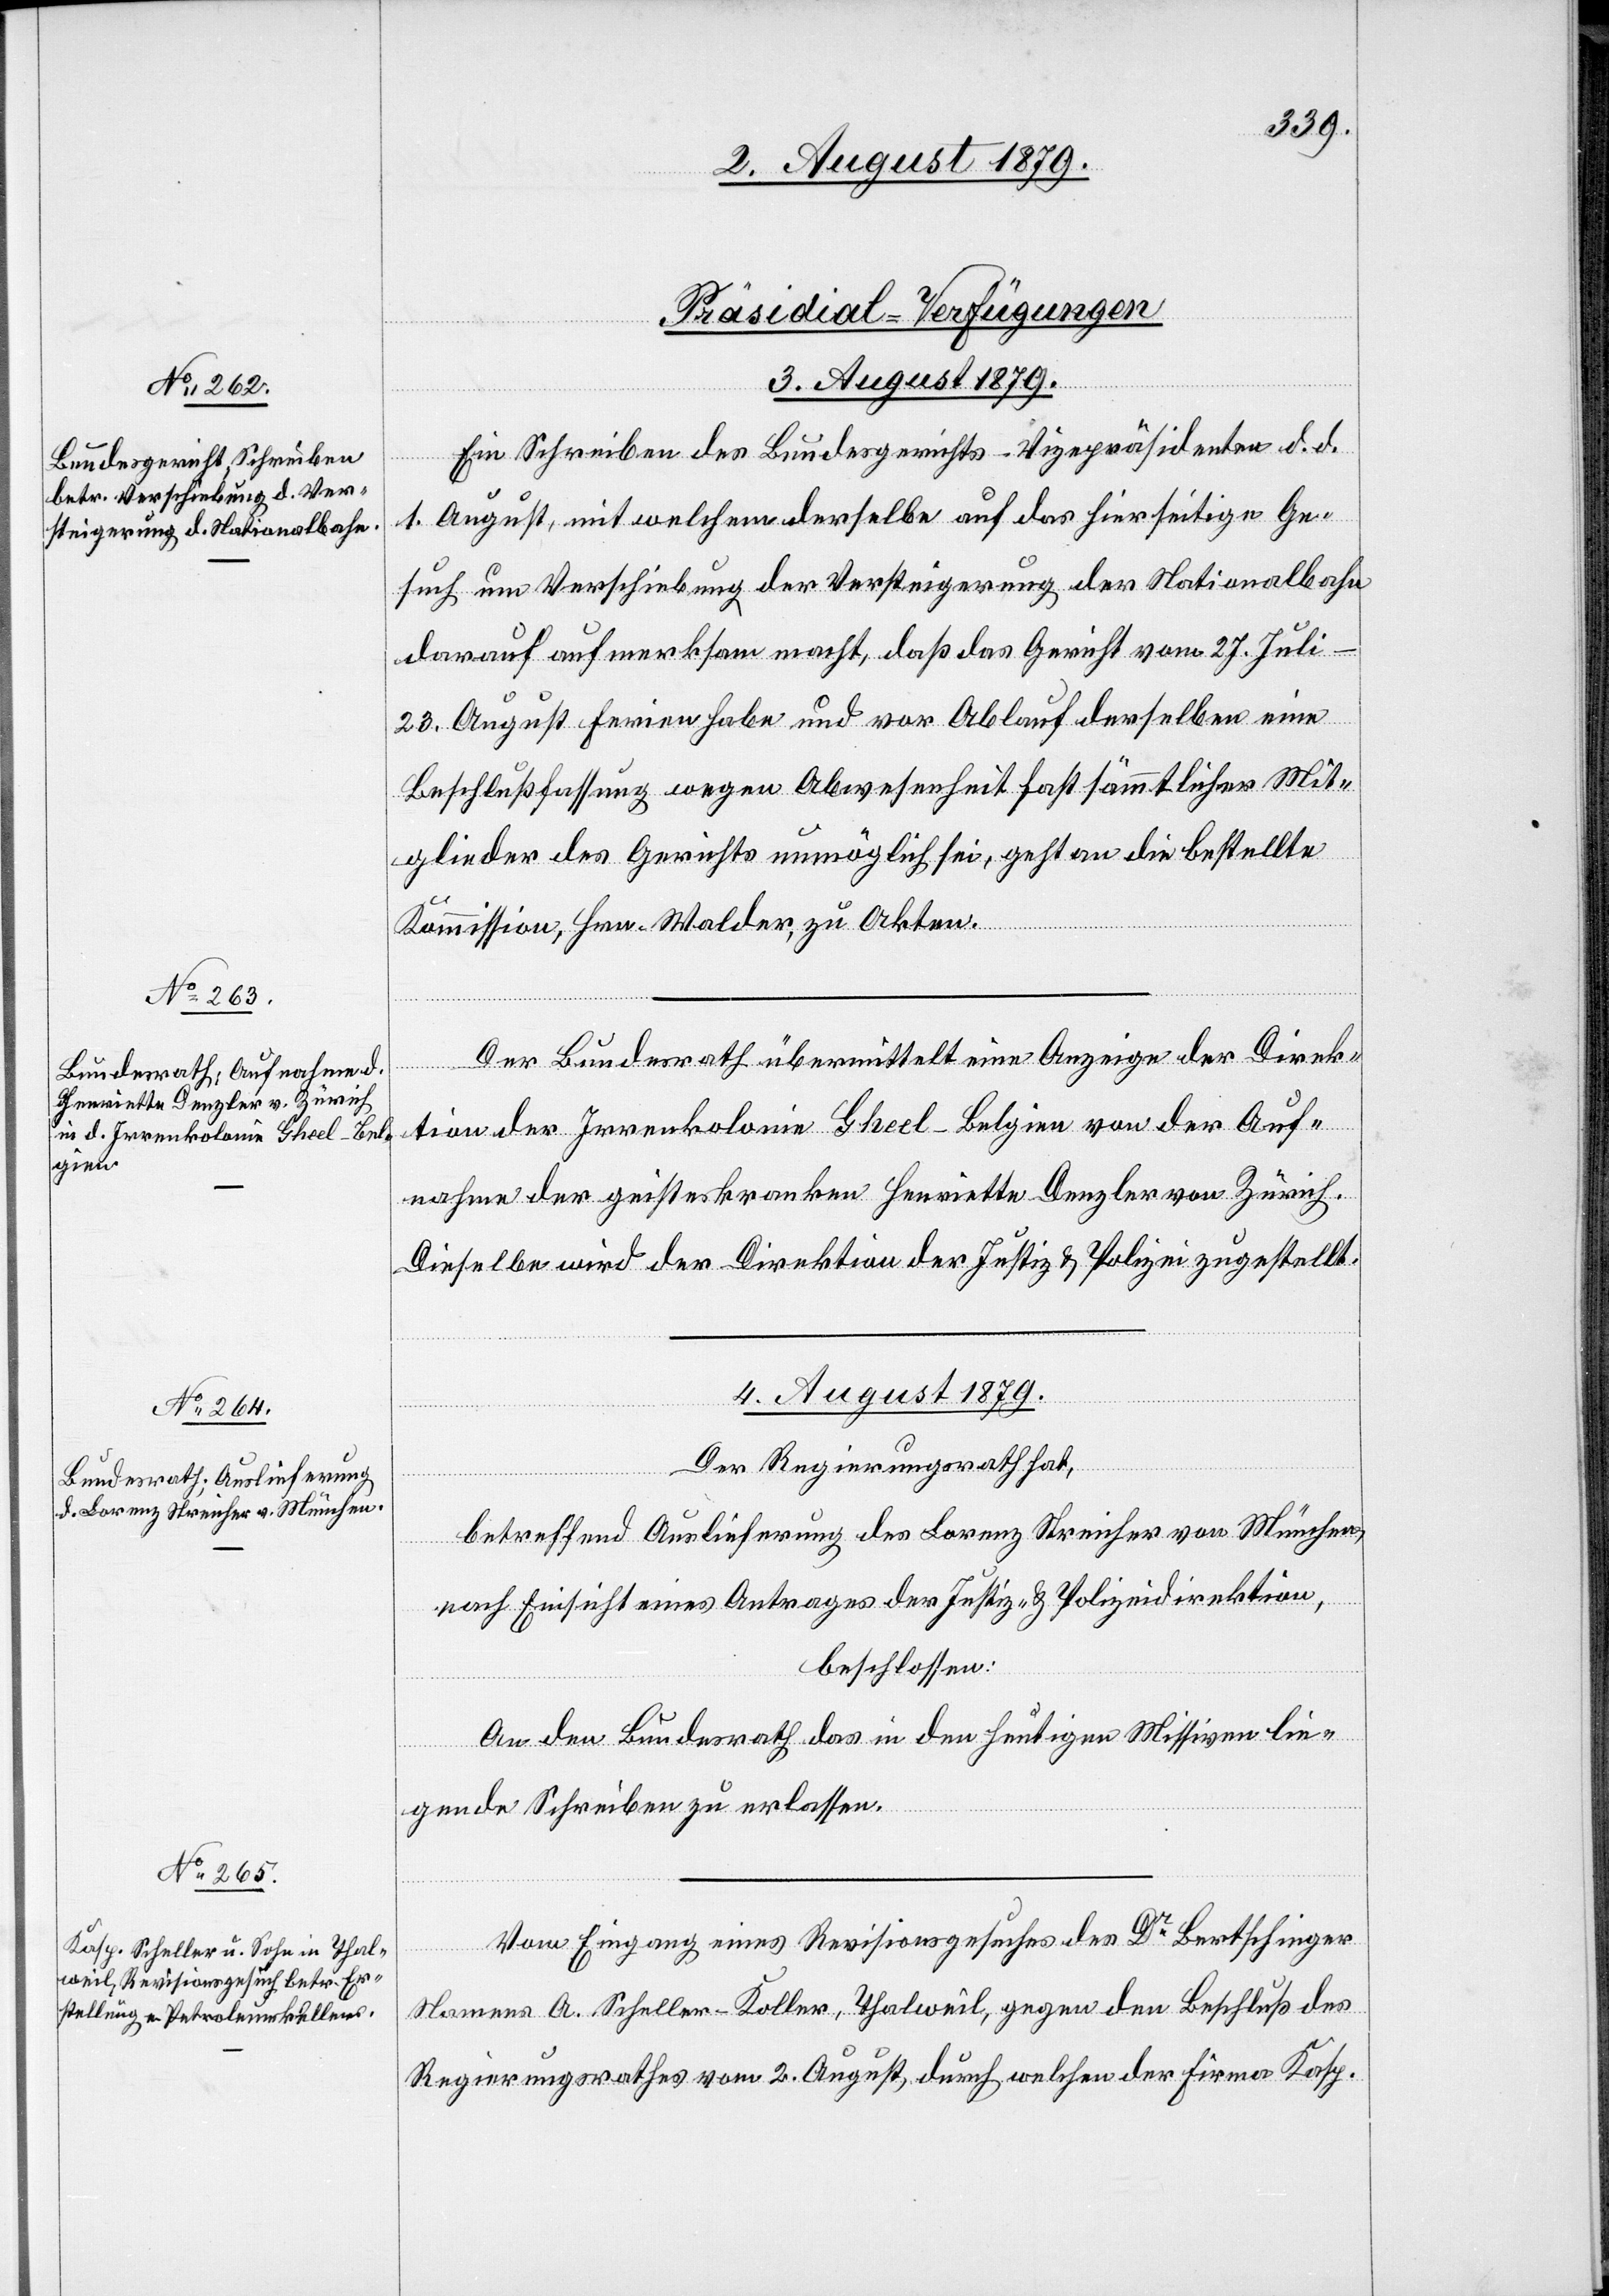
[Präsidial-Verfügungen
3. August 1879.]
Ein Schreiben des Bundesgerichts-Vizepräsidenten d. d.
1. August, mit welchem derselbe auf das hierseitige Ge¬
such um Verschiebung der Versteigerung der Nationalbahn
darauf aufmerksam macht, daß das Gericht vom 27. Juli
23. August Ferien habe und vor Ablauf derselben eine
Beschlußfassung wegen Abwesenheit fast sämmtlicher Mit¬
glieder des Gerichts unmöglich sei, geht an die bestellte
Kommission, Hrn. Walder, zu Akten.
Der Bundesrath übermittelt eine Anzeige der Direk¬
tion der Irrenkolonie Gheel - Belgien von der Auf¬
nahme der geisteskranken Henriette Denzler von Zürich.
Dieselbe wird der Direktion der Justiz & Polizei zugestellt.
4. August 1879.]
Der Regierungsrath hat,
betreffend Auslieferung des Lorenz Streicher von München,
nach Einsicht eines Antrages der Justiz- & Polizeidirektion,
beschlossen:
An den Bundesrath das in den heutigen Missiven lie¬
gende Schreiben zu erlassen.
Vom Eingang eines Revisionsgesuches des Dr Bertschinger
Namens A. Scheller-Koller, Thalweil, gegen den Beschluß des
Regierungsrathes vom 2. August, durch welchen der Firma Kasp.